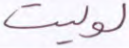
لوليت